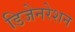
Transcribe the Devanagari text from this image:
डिजेनरेशन